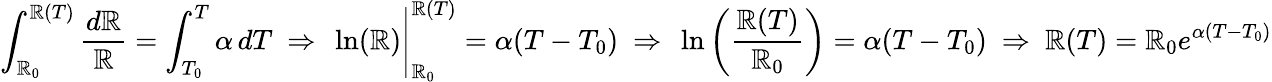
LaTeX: \int_{\mathbb{R}_{0}}^{\mathbb{R}(T)}{\frac{{d\mathbb{R}}}{{\mathbb{R}}}}=\int_{T_{0}}^{T}\alpha\, dT~\Rightarrow~\ln(\mathbb{R}){\Bigg\vert}_{\mathbb{R}_{0}}^{\mathbb{R}(T)}=\alpha(T-T_{0})~\Rightarrow~\ln\left({\frac{{\mathbb{R}(T)}}{{\mathbb{R}_{0}}}}\right)=\alpha(T-T_{0})~\Rightarrow~\mathbb{R}(T)=\mathbb{R}_{0}e^{\alpha(T-T_{0})}